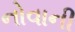
નોવાની